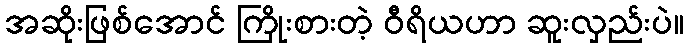
အဆိုးဖြစ်အောင် ကြိုးစားတဲ့ ဝီရိယဟာ ဆူးလှည်းပဲ။